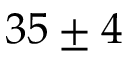
3 5 \pm 4